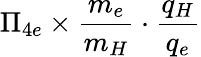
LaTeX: \Pi_{4e}\times\frac{m_{e}}{m_{H}}\cdot\frac{q_{H}}{q_{e}}